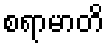
စရာမာတိ